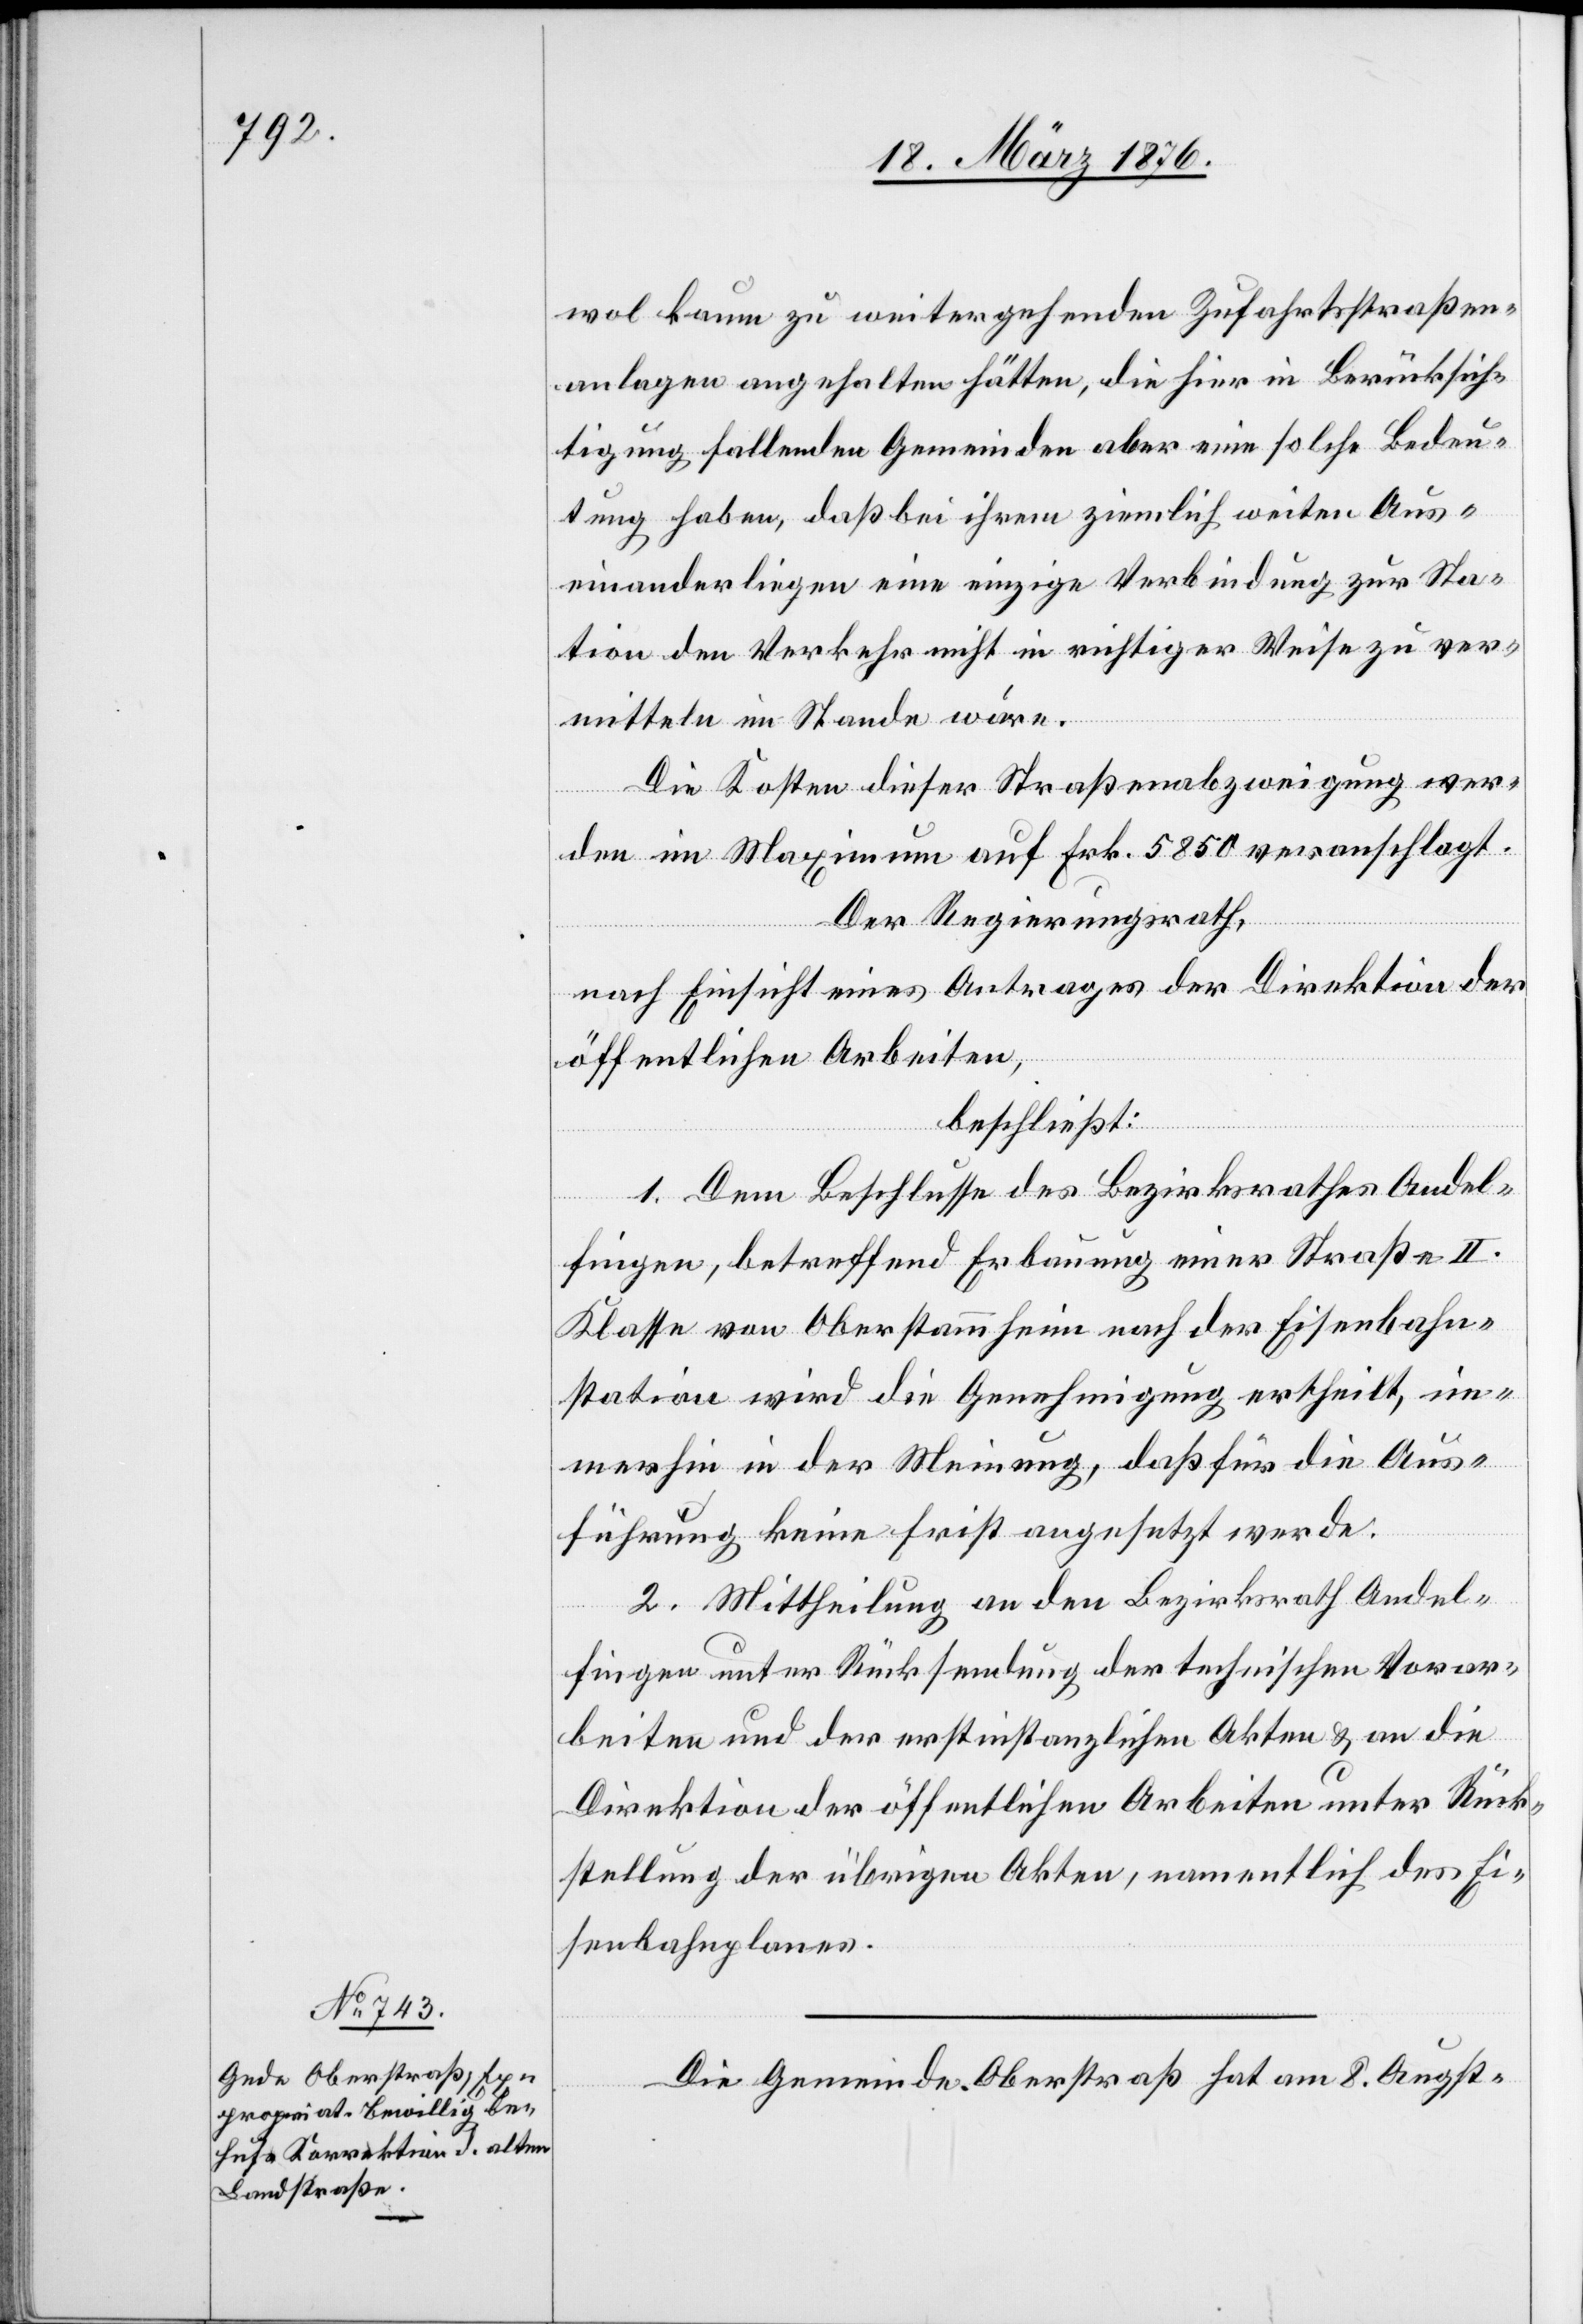
Rück¬

wol kaum zu weitergehenden Zufahrtsstraßen¬
anlagen angehalten hätten, die hier in Berücksich¬
tigung fallenden Gemeinden aber eine solche Bedeu¬
tung haben, daß bei ihrem ziemlich weiten Aus¬
einanderliegen eine einzige Verbindung zur Sta¬
tion den Verkehr nicht in richtiger Weise zu ver¬
mitteln im Stande wäre.
Die Kosten dieser Straßenabzweigung wer¬
den im Maximum auf Frk. 5850 veranschlagt.
Der Regierungsrath,
nach Einsicht eines Antrages der Direktion der
öffentlichen Arbeiten,
beschließt:
1. Dem Beschlusse des Bezirksrathes Andel¬
fingen, betreffend Erbauung einer Straße II.
Klasse von Oberstammheim nach der Eisenbahn¬
station wird die Genehmigung ertheilt, im¬
merhin in der Meinung, daß für die Aus¬
führung keine Frist angesetzt werde.
2. Mittheilung an den Bezirksrath Andel¬
fingen unter Rücksendung der technischen Vorar¬
beiten und der erstinstanzlichen Arbeiten unter
stellung der übrigen Akten, namentlich des Ei¬
senbahnplanes.
Die Gemeinde Oberstraß hat am 8. Augst-